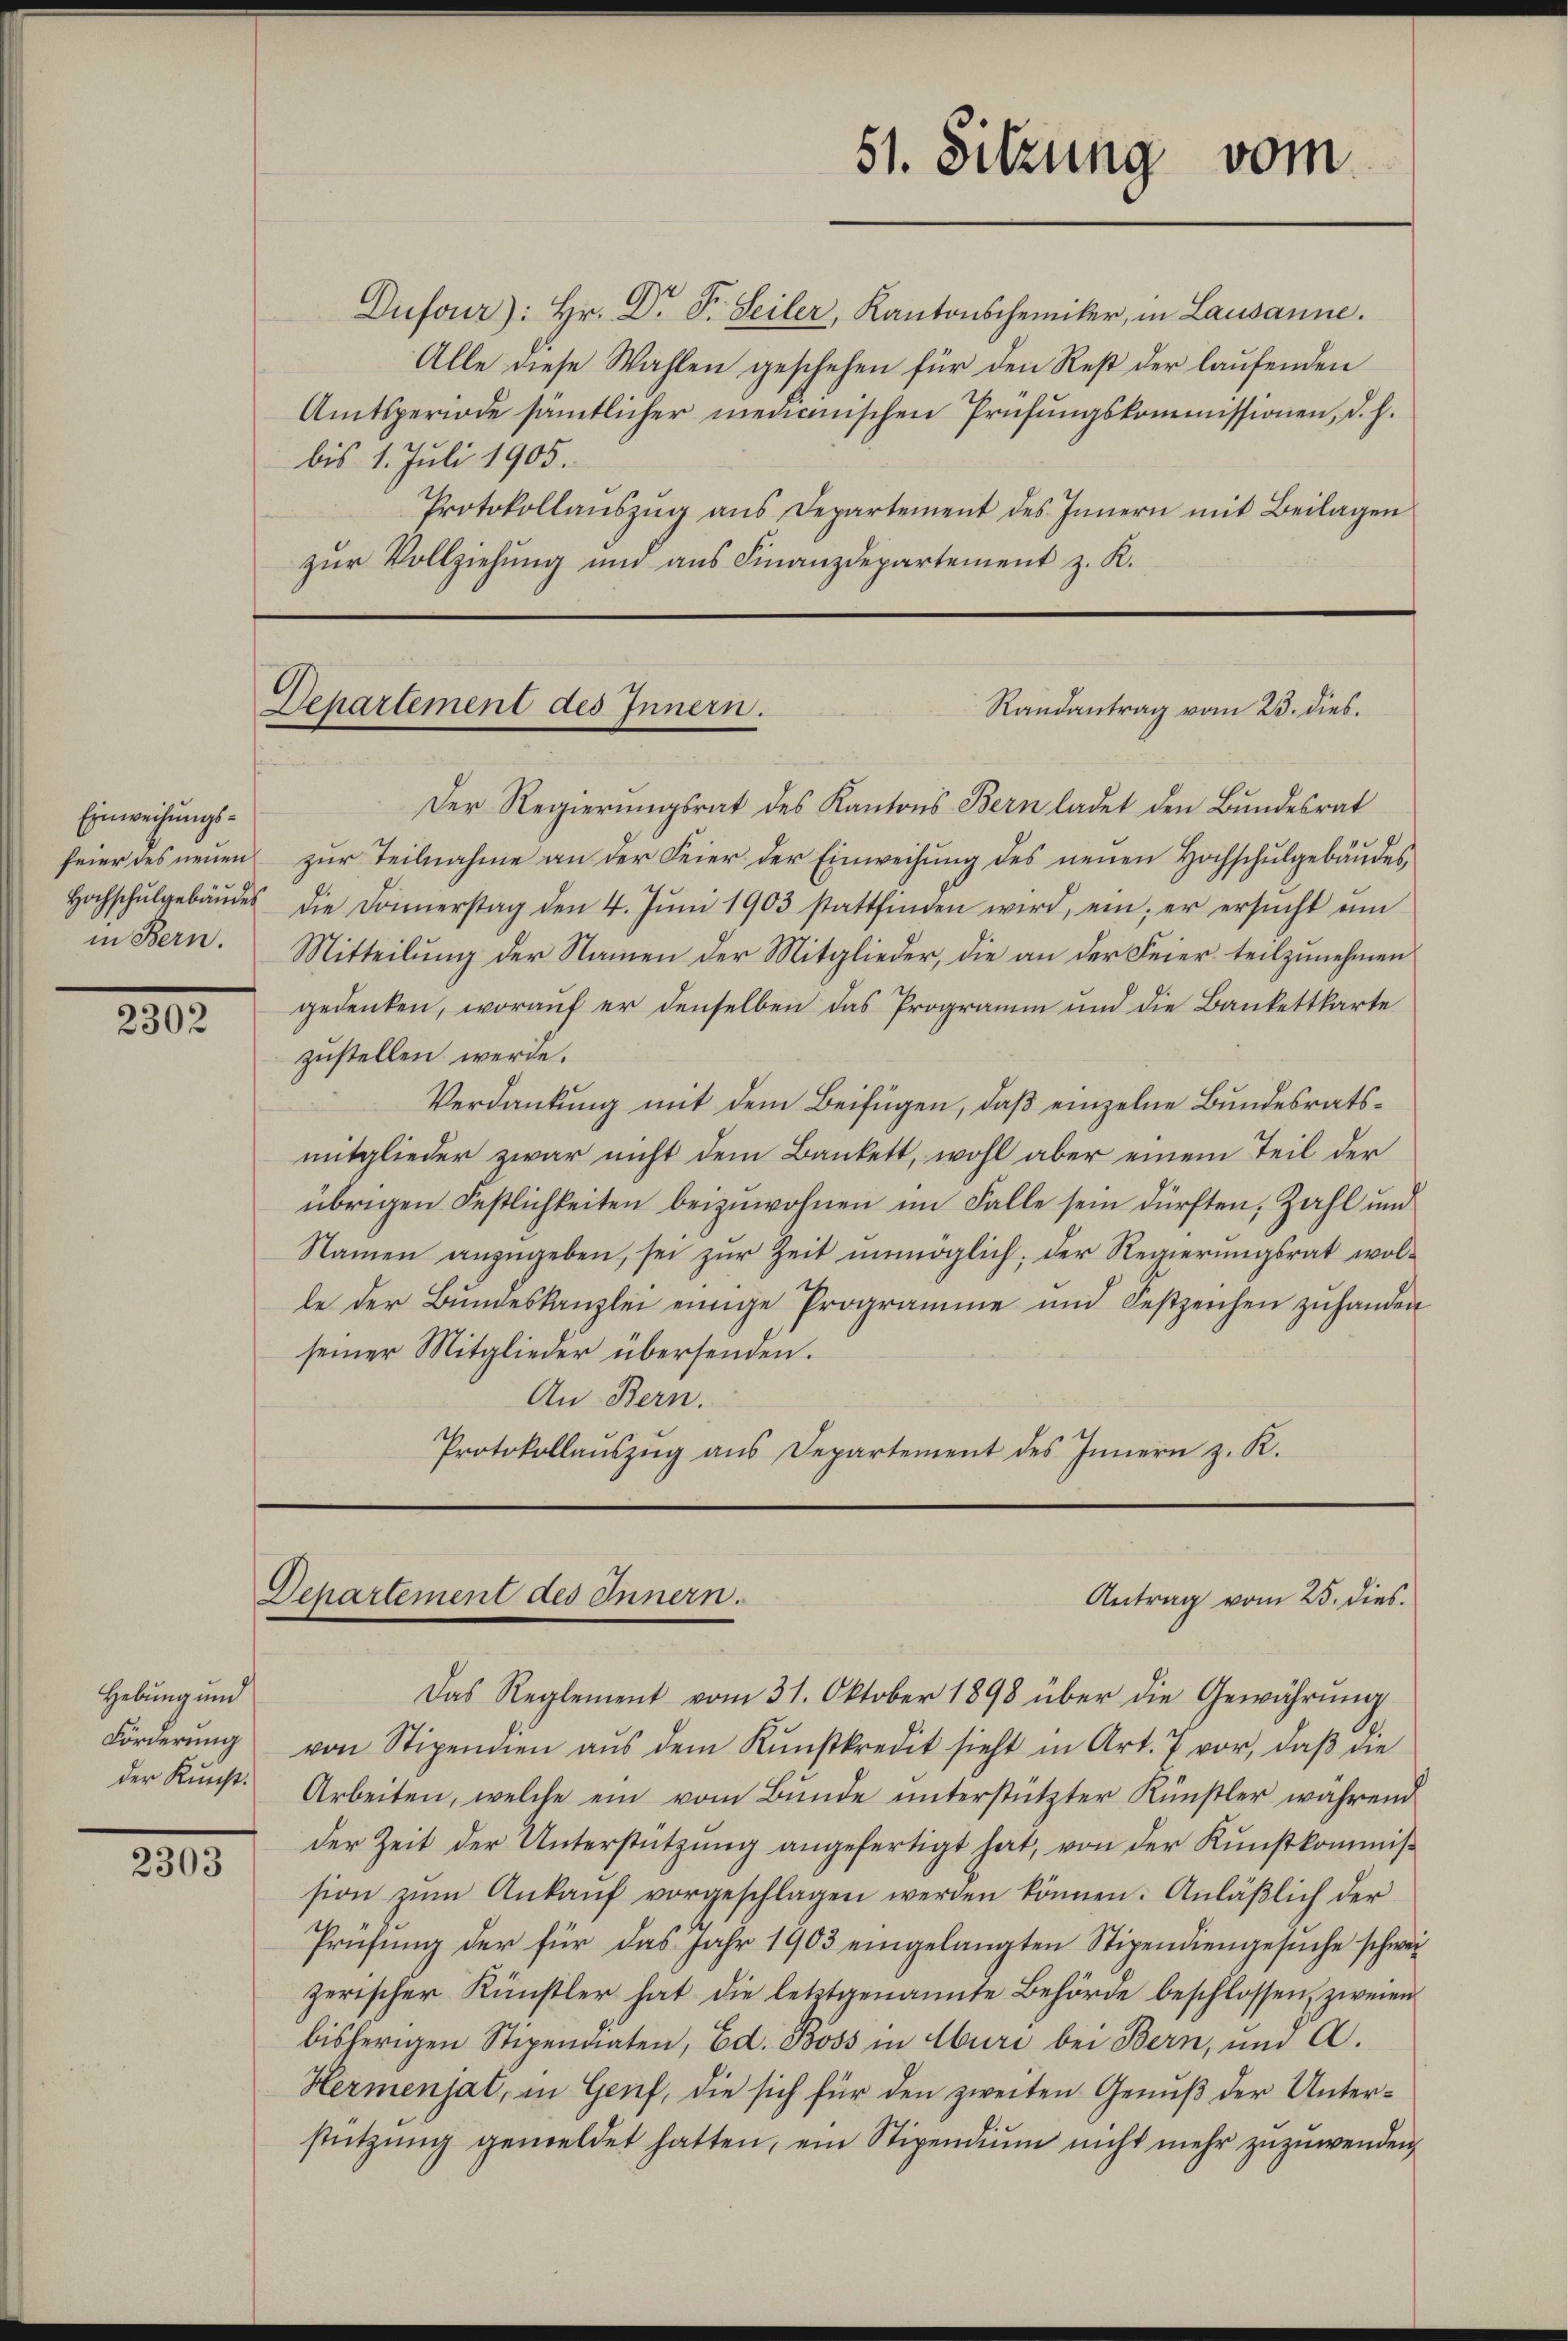
2302

2303

Einweisungsfeier des neuen
Hochschulgebäudes

Hebung und
Förderung
der Kunst.

Dufour): Hr. Dr Fr. Seiler, Kantonscheiniker, in Lausanne.
Alle diese Wahlen geschehen für den Rest der laŭfenden
Amtsperiode sämtlicher medianischen Prüfungskommissionen, d. h.
bis 1. Juli 1905.
Protokollaŭszŭg ans Departement des Innern mit Beilagen
zŭr Vollziehung und ans Finanzdepartement z. K.

51. Sitzung vom

Randantrag vom 23. dies
Departement des Innern.

Der Regierungsrat des Kantons Bern ladet den Bundesrat
zur Teilnahme an der Feier der Einweisung des neuen Hochschulgebäudes
die Donnerstag den 4. Jŭni 1903 stattfinden wird, ein; er ersŭcht ŭm
in Bern. Mitteilŭng der Namen der Mitglieder, die an der Feier teilzŭnehmen
gedenken, worauf er denselben das Programm und die Bankettkarte
zustellen werde.
Verdankung mit dem Beifügen, daß einzelne Bundesratsmitglieder zwar nicht dem Bankett, wohl aber einem Teil der
übrigen Festlichkeiten beizuwohnen im Falle sein dürften, Zahl und
Namen anzŭgeben, sei zŭr Zeit unmöglich, der Regierŭngsrat wol-
le der Bŭndeskanzlei einige Programme und Festzeichen zŭ handen
seiner Mitglieder übersenden.
An Bern.
Protokollaŭszŭg ans Departement des Innern z. R.

Departement des Innern.
Antrag vom 25. dies.

Das Reglement vom 31. Oktober 1898 über die Gewährŭng
von Stipendien aus dem Kunstkredit sieht in Art. 7 vor, daβ die
Arbeiten, welche ein vom Bunde unterstützter Künstler während
der Zeit der Unterstützŭng angefertigt hat, von der Kŭnstkommis-
sion zŭm Ankaŭf vorgeschlagen werden können. Anläßlich der
Prüfung der für das Jahr 1903 eingelangten Stipendiengesuche schweizerischer Künstler hat die letztgenannte Behörde beschlossen zweien
bisherigen Stipendaten, Ed. Boss in Aburi bei Bern, und A.
Hermenjat, in Genf, die sich für den zweiten Genuß der Unterstützŭng gemeldet hatten, ein Stipendiŭm nicht mehr zuzuwenden,